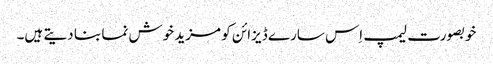
خوبصورت لیمپ اِس سارے ڈیزائن کو مزید خوش نما بنا دیتے ہیں۔